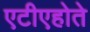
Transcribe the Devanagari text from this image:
एटीएहोते